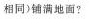
相同)铺满地面?